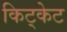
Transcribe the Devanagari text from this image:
किट्केट